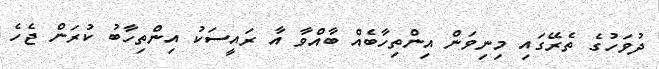
ދުވަހުގެ ތެރޭގައި މިނިވަން އިންތިހާބެއް ބާއްވާ އާ ރައީސަކު އިންތިހާބު ކުރަން ޖެހެ